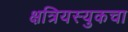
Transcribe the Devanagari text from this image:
क्षत्रियस्युकचा